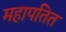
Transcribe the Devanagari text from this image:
महापतित